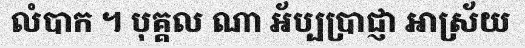
លំបាក ។ បុគ្គល ណា អ័ប្បប្រាជ្ញា អាស្រ័យ